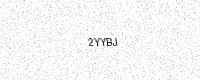
Text: 2YYBJ